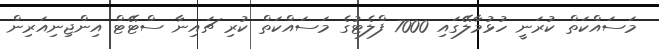
މަސައްކަތް ކުރަނީ ހުޅުމާލޭގައި 7000 ފްލެޓުގެ މަސައްކަތް ކުރި ޗައިނާ ސްޓޭޓް އިންޖިނިއަރިން